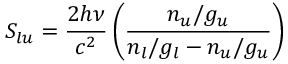
S _ { l u } = { \frac { 2 h \nu } { c ^ { 2 } } } \left( { \frac { n _ { u } / g _ { u } } { n _ { l } / g _ { l } - n _ { u } / g _ { u } } } \right)